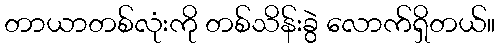
တာယာတစ်လုံးကို တစ်သိန်းခွဲ လောက်ရှိတယ်။